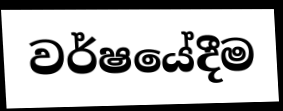
වර්ෂයේදීම